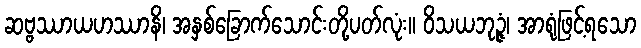
ဆဗ္ဗဿာယဟဿာနိ၊ အနှစ်ခြောက်သောင်းတို့ပတ်လုံး။ ဝိသယဘုဉ္ဇံ၊ အာရုံဖြင့်ရသော